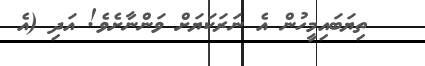
ތިޔަބައިމީހުން އެ ނަރަކަޔަށް ވަންނާށެވެ! އަދި (އެ